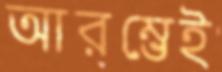
আরম্ভেই